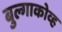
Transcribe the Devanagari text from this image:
बुल्गाकोव्ह